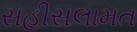
સહીસલામત